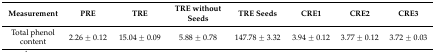
<table><thead><tr><td><b>Measurement</b></td><td><b>PRE</b></td><td><b>TRE</b></td><td><b>TRE without Seeds</b></td><td><b>TRE Seeds</b></td><td><b>CRE1</b></td><td><b>CRE2</b></td><td><b>CRE3</b></td></tr></thead><tbody><tr><td>Total phenol content</td><td>2.26 ± 0.12</td><td>15.04 ± 0.09</td><td>5.88 ± 0.78</td><td>147.78 ± 3.32</td><td>3.94 ± 0.12</td><td>3.77 ± 0.12</td><td>3.72 ± 0.03</td></tr></tbody></table>